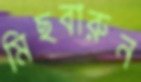
মিছবারুন